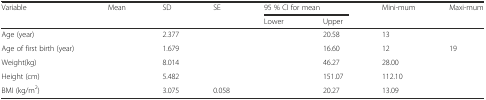
<table><thead><tr><td rowspan="2"><b>Variable</b></td><td rowspan="2"><b>Mean</b></td><td rowspan="2"><b>SD</b></td><td rowspan="2"><b>SE</b></td><td colspan="2"><b>95 % CI for mean</b></td><td rowspan="2"><b>Mini-mum</b></td><td rowspan="2"><b>Maxi-mum</b></td></tr><tr><td><b>Lower</b></td><td><b>Upper</b></td></tr></thead><tbody><tr><td>Age (year)</td><td>[EMPTY_CELL]</td><td>2.377</td><td>[EMPTY_CELL]</td><td>[EMPTY_CELL]</td><td>20.58</td><td>13</td><td>[EMPTY_CELL]</td></tr><tr><td>Age of first birth (year)</td><td>[EMPTY_CELL]</td><td>1.679</td><td>[EMPTY_CELL]</td><td>[EMPTY_CELL]</td><td>16.60</td><td>12</td><td>19</td></tr><tr><td>Weight(kg)</td><td>[EMPTY_CELL]</td><td>8.014</td><td>[EMPTY_CELL]</td><td>[EMPTY_CELL]</td><td>46.27</td><td>28.00</td><td>[EMPTY_CELL]</td></tr><tr><td>Height (cm)</td><td>[EMPTY_CELL]</td><td>5.482</td><td>[EMPTY_CELL]</td><td>[EMPTY_CELL]</td><td>151.07</td><td>112.10</td><td>[EMPTY_CELL]</td></tr><tr><td>BMI (kg/m<sup>2</sup>)</td><td>[EMPTY_CELL]</td><td>3.075</td><td>0.058</td><td>[EMPTY_CELL]</td><td>20.27</td><td>13.09</td><td>[EMPTY_CELL]</td></tr></tbody></table>